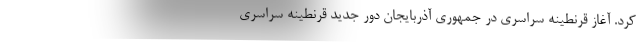
کرد. آغاز قرنطینه سراسری در جمهوری آذربایجان دور جدید قرنطینه سراسری